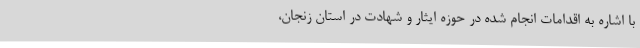
با اشاره به اقدامات انجام شده در حوزه ایثار و شهادت در استان زنجان،